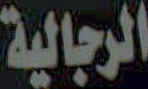
الرجالية